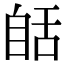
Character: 𦧗